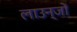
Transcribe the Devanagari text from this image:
लाउन्जों